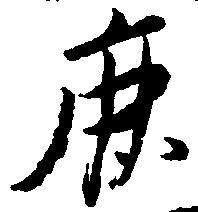
鹿